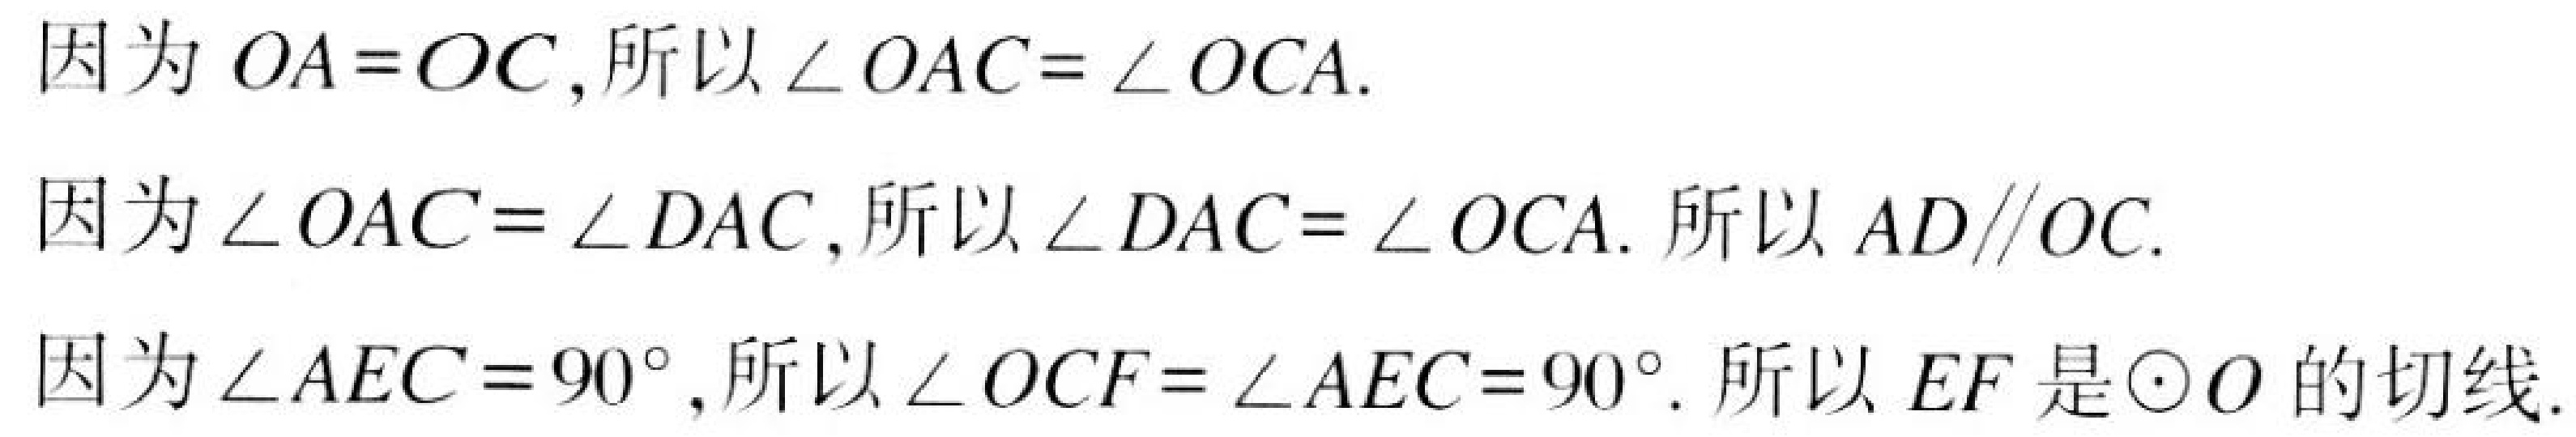
因为 \(OA = OC\), 所以\(\angle OAC=\angle OCA\).
因为\(\angle OAC=\angle DAC\), 所以\(\angle DAC=\angle OCA\). 所以 \(AD\parallel OC\).
因为\(\angle AEC = 90^{\circ}\), 所以\(\angle OCF=\angle AEC = 90^{\circ}\). 所以 \(EF\) 是\(\odot O\)的切线.